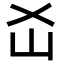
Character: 𡴷